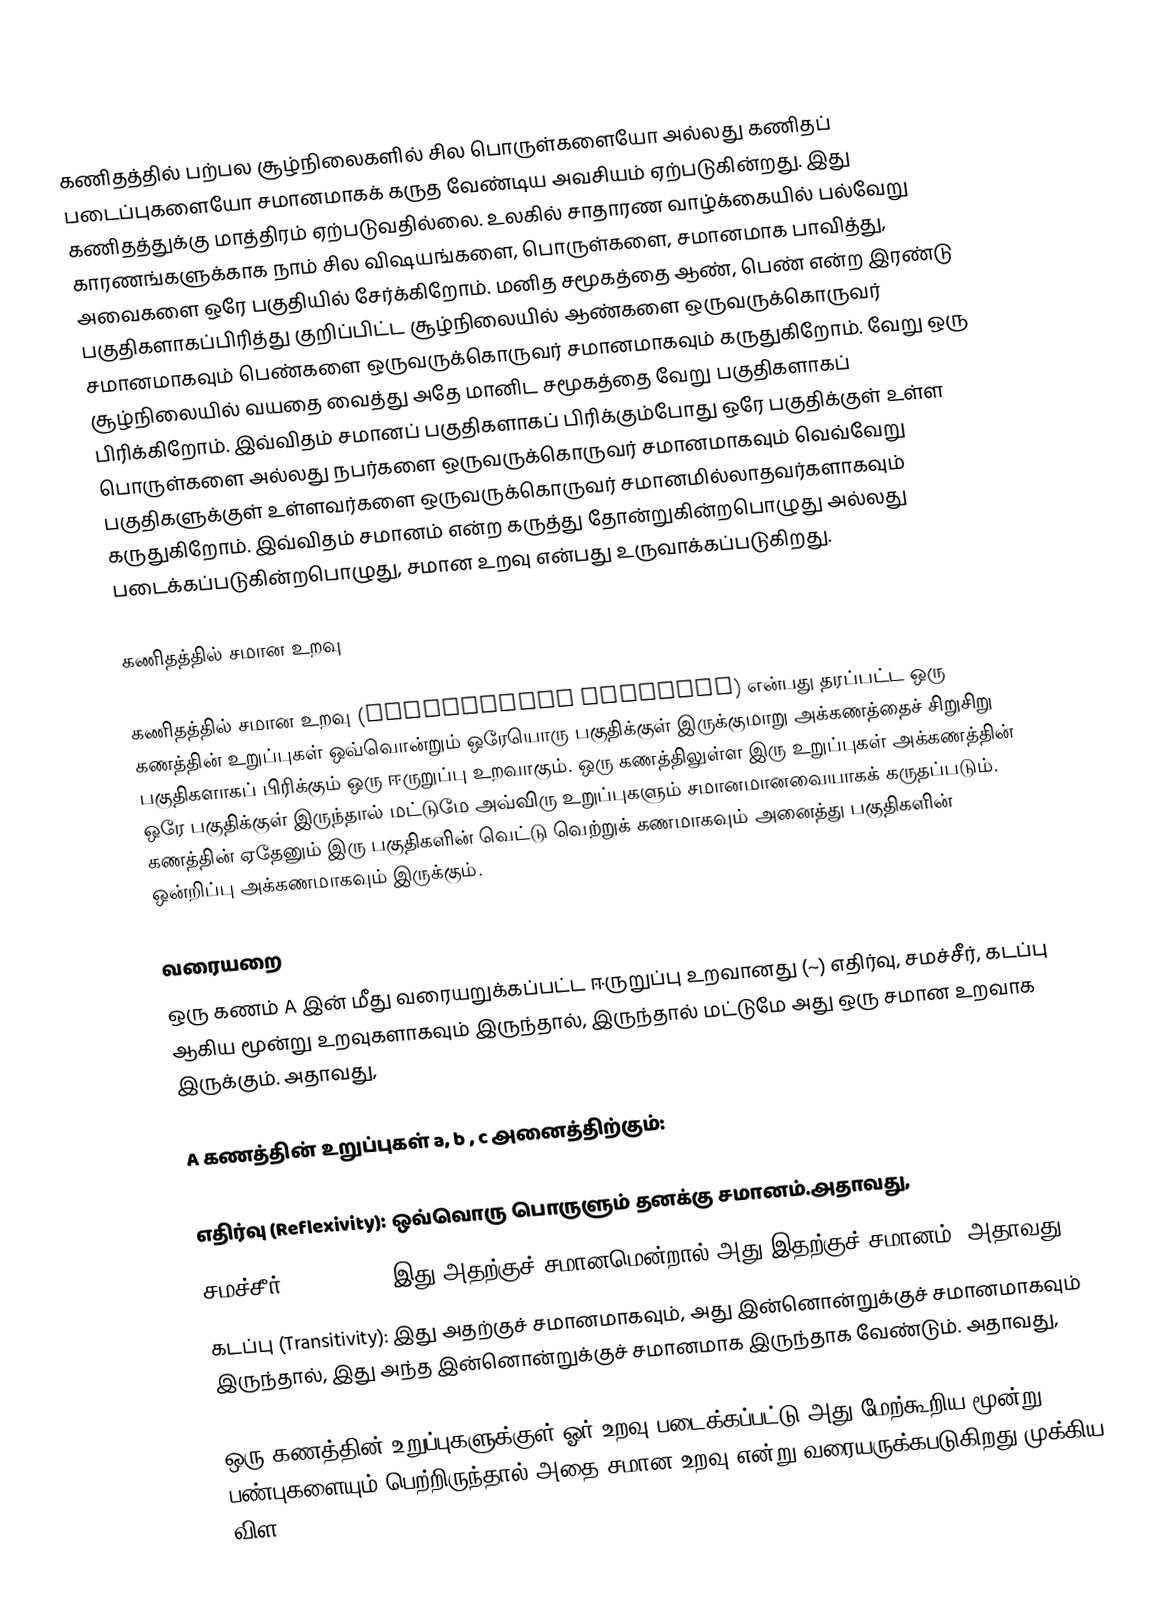
கணிதத்தில் பற்பல சூழ்நிலைகளில் சில பொருள்களையோ அல்லது கணிதப் படைப்புகளையோ சமானமாகக் கருத வேண்டிய அவசியம் ஏற்படுகின்றது. இது கணிதத்துக்கு மாத்திரம் ஏற்படுவதில்லை. உலகில் சாதாரண வாழ்க்கையில் பல்வேறு காரணங்களுக்காக நாம் சில விஷயங்களை, பொருள்களை, சமானமாக பாவித்து, அவைகளை ஒரே பகுதியில் சேர்க்கிறோம். மனித சமூகத்தை ஆண், பெண் என்ற இரண்டு பகுதிகளாகப்பிரித்து குறிப்பிட்ட சூழ்நிலையில் ஆண்களை ஒருவருக்கொருவர் சமானமாகவும் பெண்களை ஒருவருக்கொருவர் சமானமாகவும் கருதுகிறோம். வேறு ஒரு சூழ்நிலையில் வயதை வைத்து அதே மானிட சமூகத்தை வேறு பகுதிகளாகப் பிரிக்கிறோம். இவ்விதம் சமானப் பகுதிகளாகப் பிரிக்கும்போது ஒரே பகுதிக்குள் உள்ள பொருள்களை அல்லது நபர்களை ஒருவருக்கொருவர் சமானமாகவும் வெவ்வேறு பகுதிகளுக்குள் உள்ளவர்களை ஒருவருக்கொருவர் சமானமில்லாதவர்களாகவும் கருதுகிறோம். இவ்விதம் சமானம் என்ற கருத்து தோன்றுகின்றபொழுது அல்லது படைக்கப்படுகின்றபொழுது, சமான உறவு என்பது உருவாக்கப்படுகிறது.

கணிதத்தில் சமான உறவு

கணிதத்தில் சமான உறவு (equivalence relation) என்பது தரப்பட்ட ஒரு கணத்தின் உறுப்புகள் ஒவ்வொன்றும் ஒரேயொரு பகுதிக்குள் இருக்குமாறு அக்கணத்தைச் சிறுசிறு பகுதிகளாகப் பிரிக்கும் ஒரு ஈருறுப்பு உறவாகும். ஒரு கணத்திலுள்ள இரு உறுப்புகள் அக்கணத்தின் ஒரே பகுதிக்குள் இருந்தால் மட்டுமே அவ்விரு உறுப்புகளும் சமானமானவையாகக் கருதப்படும். கணத்தின் ஏதேனும் இரு பகுதிகளின் வெட்டு வெற்றுக் கணமாகவும் அனைத்து பகுதிகளின் ஒன்றிப்பு அக்கணமாகவும் இருக்கும்.

வரையறை
ஒரு கணம் A இன் மீது வரையறுக்கப்பட்ட ஈருறுப்பு உறவானது (~) எதிர்வு, சமச்சீர், கடப்பு ஆகிய மூன்று உறவுகளாகவும் இருந்தால், இருந்தால் மட்டுமே அது ஒரு சமான உறவாக இருக்கும். அதாவது,

A கணத்தின் உறுப்புகள் a, b , c அனைத்திற்கும்:

 எதிர்வு (Reflexivity): ஒவ்வொரு பொருளும் தனக்கு சமானம்.அதாவது,
 சமச்சீர் (Symmetry): இது அதற்குச் சமானமென்றால் அது இதற்குச் சமானம். அதாவது
 கடப்பு (Transitivity): இது அதற்குச் சமானமாகவும், அது இன்னொன்றுக்குச் சமானமாகவும் இருந்தால், இது அந்த இன்னொன்றுக்குச் சமானமாக இருந்தாக வேண்டும். அதாவது,

ஒரு கணத்தின் உறுப்புகளுக்குள் ஓர் உறவு படைக்கப்பட்டு அது மேற்கூறிய மூன்று பண்புகளையும் பெற்றிருந்தால் அதை சமான உறவு என்று வரையருக்கபடுகிறது முக்கிய விள